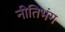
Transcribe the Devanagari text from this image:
नीतिभंग